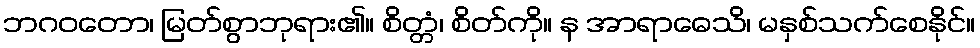
ဘဂဝတော၊ မြတ်စွာဘုရား၏။ စိတ္တံ၊ စိတ်ကို။ န အာရာဓေသိ၊ မနှစ်သက်စေနိုင်။